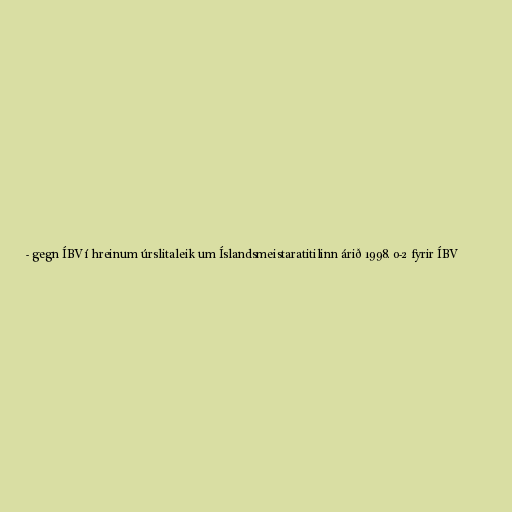
- gegn ÍBV í hreinum úrslitaleik um Íslandsmeistaratitilinn árið 1998. 0-2 fyrir ÍBV